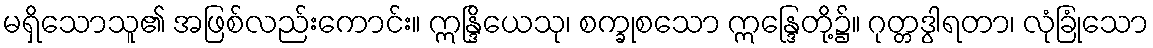
မရှိသောသူ၏ အဖြစ်လည်းကောင်း။ ဣန္ဒြိယေသု၊ စက္ခုစသော ဣန္ဒြေတို့၌။ ဂုတ္တဒွါရတာ၊ လုံခြုံသော